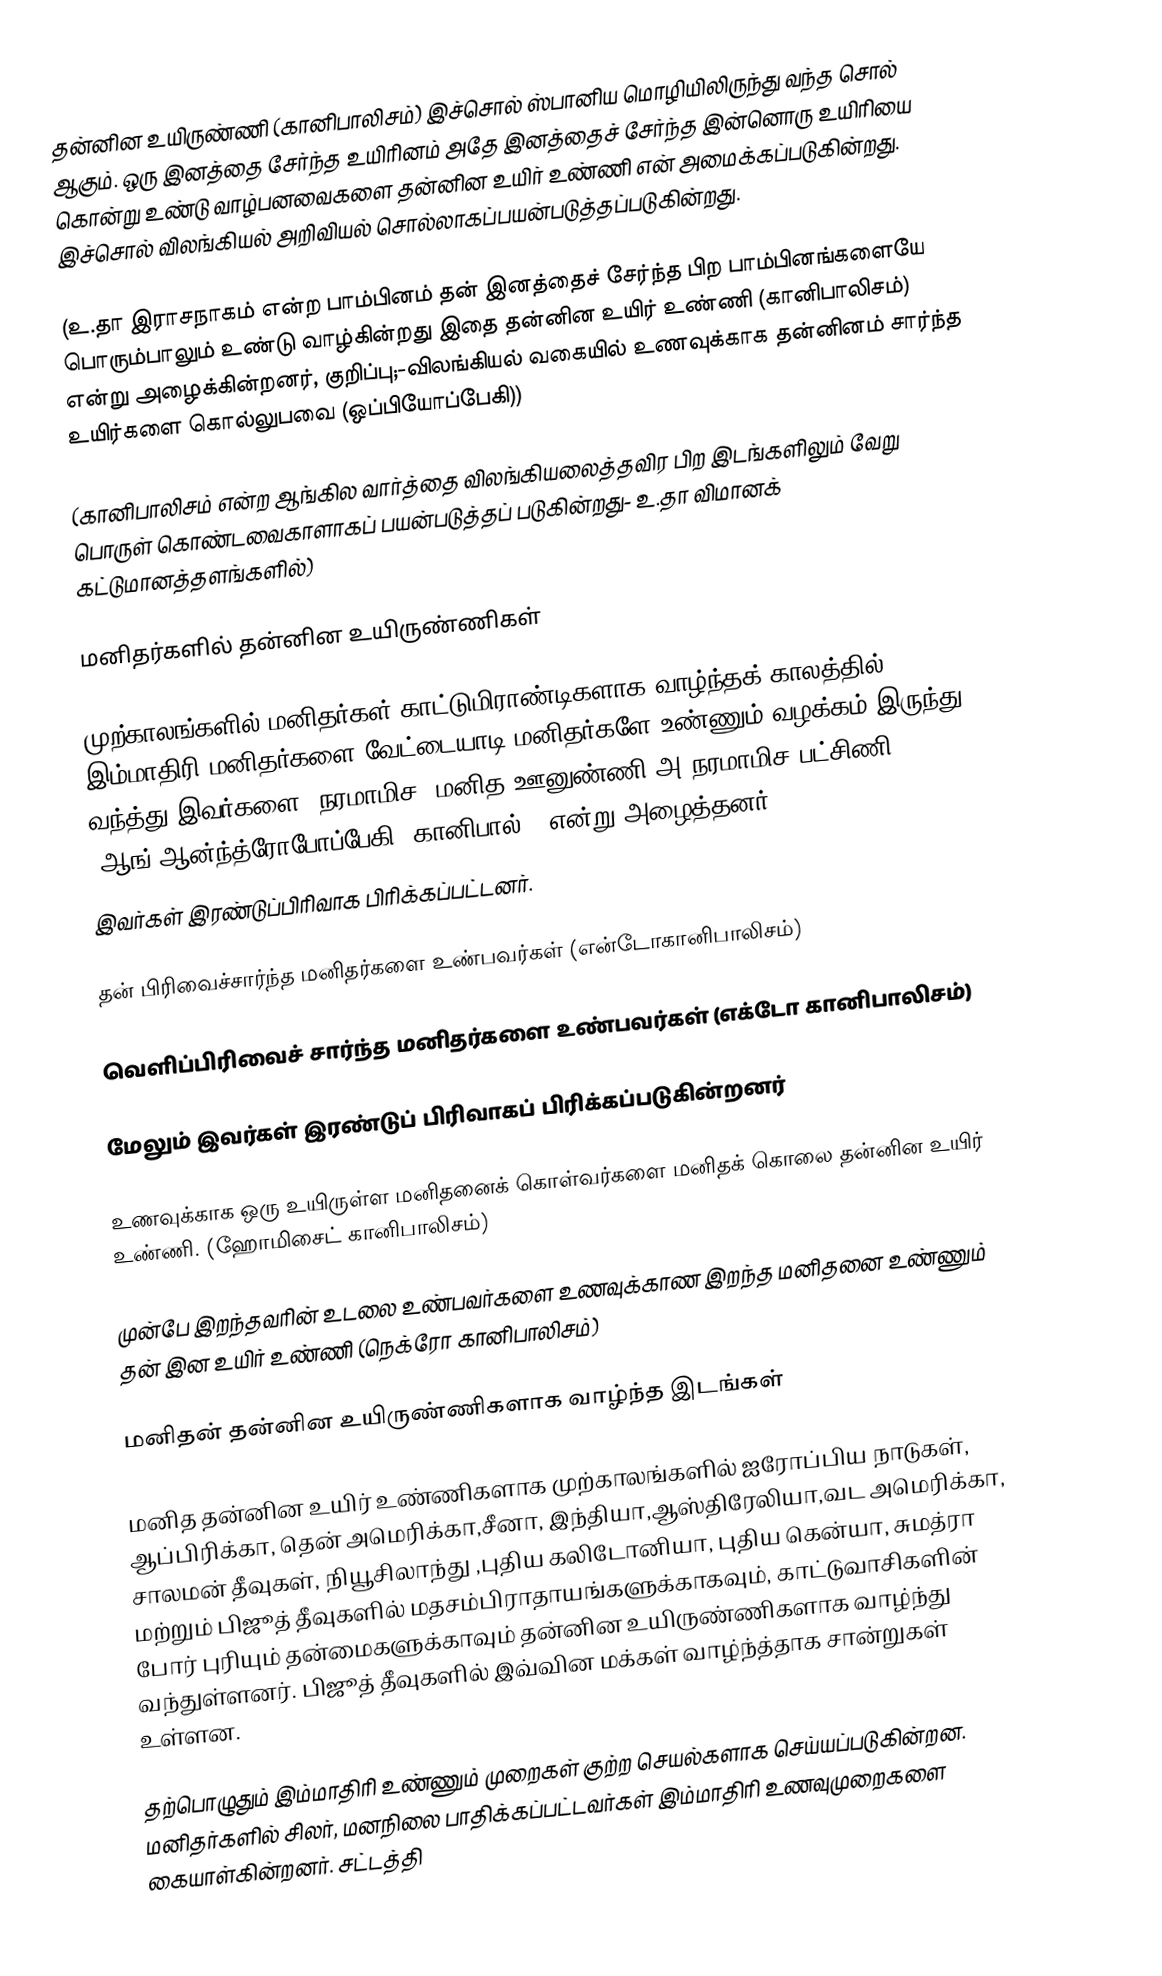
தன்னின உயிருண்ணி (கானிபாலிசம்)  இச்சொல் ஸ்பானிய மொழியிலிருந்து வந்த சொல் ஆகும். ஒரு இனத்தை சேர்ந்த உயிரினம் அதே இனத்தைச் சேர்ந்த இன்னொரு உயிரியை கொன்று உண்டு வாழ்பனவைகளை தன்னின உயிர் உண்ணி என் அமைக்கப்படுகின்றது. இச்சொல் விலங்கியல் அறிவியல் சொல்லாகப்பயன்படுத்தப்படுகின்றது.

(உ.தா இராசநாகம் என்ற பாம்பினம் தன் இனத்தைச் சேர்ந்த பிற பாம்பினங்களையே பொரும்பாலும் உண்டு வாழ்கின்றது இதை தன்னின உயிர் உண்ணி (கானிபாலிசம்) என்று அழைக்கின்றனர், குறிப்பு;-விலங்கியல்  வகையில் உணவுக்காக தன்னினம் சார்ந்த உயிர்களை கொல்லுபவை (ஒப்பியோப்பேகி))

(கானிபாலிசம் என்ற ஆங்கில வார்த்தை விலங்கியலைத்தவிர பிற இடங்களிலும் வேறு பொருள் கொண்டவைகாளாகப் பயன்படுத்தப் படுகின்றது- உ.தா விமானக் கட்டுமானத்தளங்களில்)

மனிதர்களில் தன்னின உயிருண்ணிகள்

முற்காலங்களில் மனிதர்கள் காட்டுமிராண்டிகளாக வாழ்ந்தக் காலத்தில் இம்மாதிரி மனிதர்களை வேட்டையாடி மனிதர்களே உண்ணும் வழக்கம் இருந்து வந்த்து இவர்களை (நரமாமிச) மனித ஊனுண்ணி அ நரமாமிச பட்சிணி (ஆங்-ஆன்ந்த்ரோபோப்பேகி-(கானிபால்)) என்று அழைத்தனர்.
இவர்கள் இரண்டுப்பிரிவாக பிரிக்கப்பட்டனர்.

தன் பிரிவைச்சார்ந்த மனிதர்களை உண்பவர்கள் (என்டோகானிபாலிசம்)

வெளிப்பிரிவைச் சார்ந்த மனிதர்களை உண்பவர்கள் (எக்டோ கானிபாலிசம்)

மேலும் இவர்கள் இரண்டுப் பிரிவாகப் பிரிக்கப்படுகின்றனர்

உணவுக்காக ஒரு உயிருள்ள மனிதனைக் கொள்வர்களை மனிதக் கொலை தன்னின உயிர் உண்ணி. (ஹோமிசைட் கானிபாலிசம்)

முன்பே இறந்தவரின் உடலை உண்பவர்களை உணவுக்காண இறந்த மனிதனை உண்ணும் தன் இன உயிர் உண்ணி (நெக்ரோ கானிபாலிசம்)

மனிதன் தன்னின உயிருண்ணிகளாக வாழ்ந்த இடங்கள்

மனித தன்னின உயிர் உண்ணிகளாக முற்காலங்களில் ஐரோப்பிய நாடுகள், ஆப்பிரிக்கா, தென் அமெரிக்கா,சீனா, இந்தியா,ஆஸ்திரேலியா,வட அமெரிக்கா, சாலமன் தீவுகள், நியூசிலாந்து ,புதிய கலிடோனியா, புதிய கென்யா, சுமத்ரா மற்றும் பிஜூத் தீவுகளில் மதசம்பிராதாயங்களுக்காகவும், காட்டுவாசிகளின் போர் புரியும் தன்மைகளுக்காவும் தன்னின உயிருண்ணிகளாக வாழ்ந்து வந்துள்ளனர்.  பிஜூத் தீவுகளில் இவ்வின மக்கள் வாழ்ந்த்தாக சான்றுகள் உள்ளன.

தற்பொழுதும் இம்மாதிரி உண்ணும் முறைகள் குற்ற செயல்களாக செய்யப்படுகின்றன. மனிதர்களில் சிலர், மனநிலை பாதிக்கப்பட்டவர்கள் இம்மாதிரி உணவுமுறைகளை கையாள்கின்றனர். சட்டத்தி